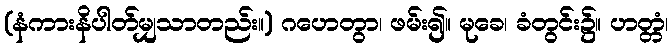
(နံကားနိပါတ်မျှသာတည်း။) ဂဟေတွာ၊ ဖမ်း၍။ မုခေ၊ ခံတွင်း၌။ ဟတ္တံ၊